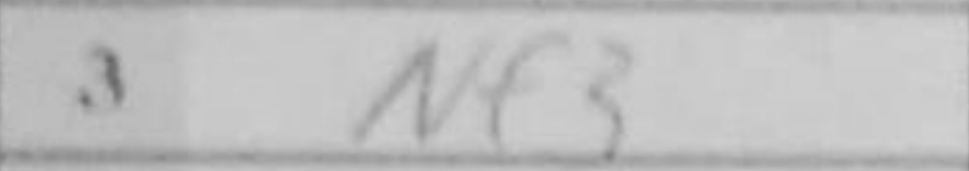
Transcription: Nf3